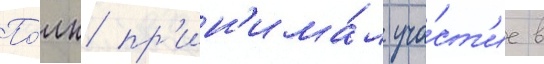
По́лк пр'ин'има́л уча́ст'ие в